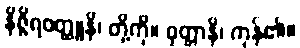
နိဇ္ဇိရဝတ္ထူနိ၊ တို့ကို။ ဝုတ္တာနိ၊ ကုန်၏။